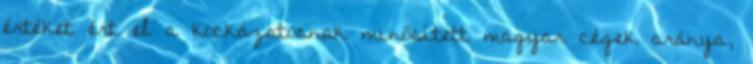
értéket ért el a kockázatosnak minősített magyar cégek aránya,